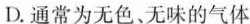
D.通常为无色、无味的气体